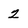
Character: 2